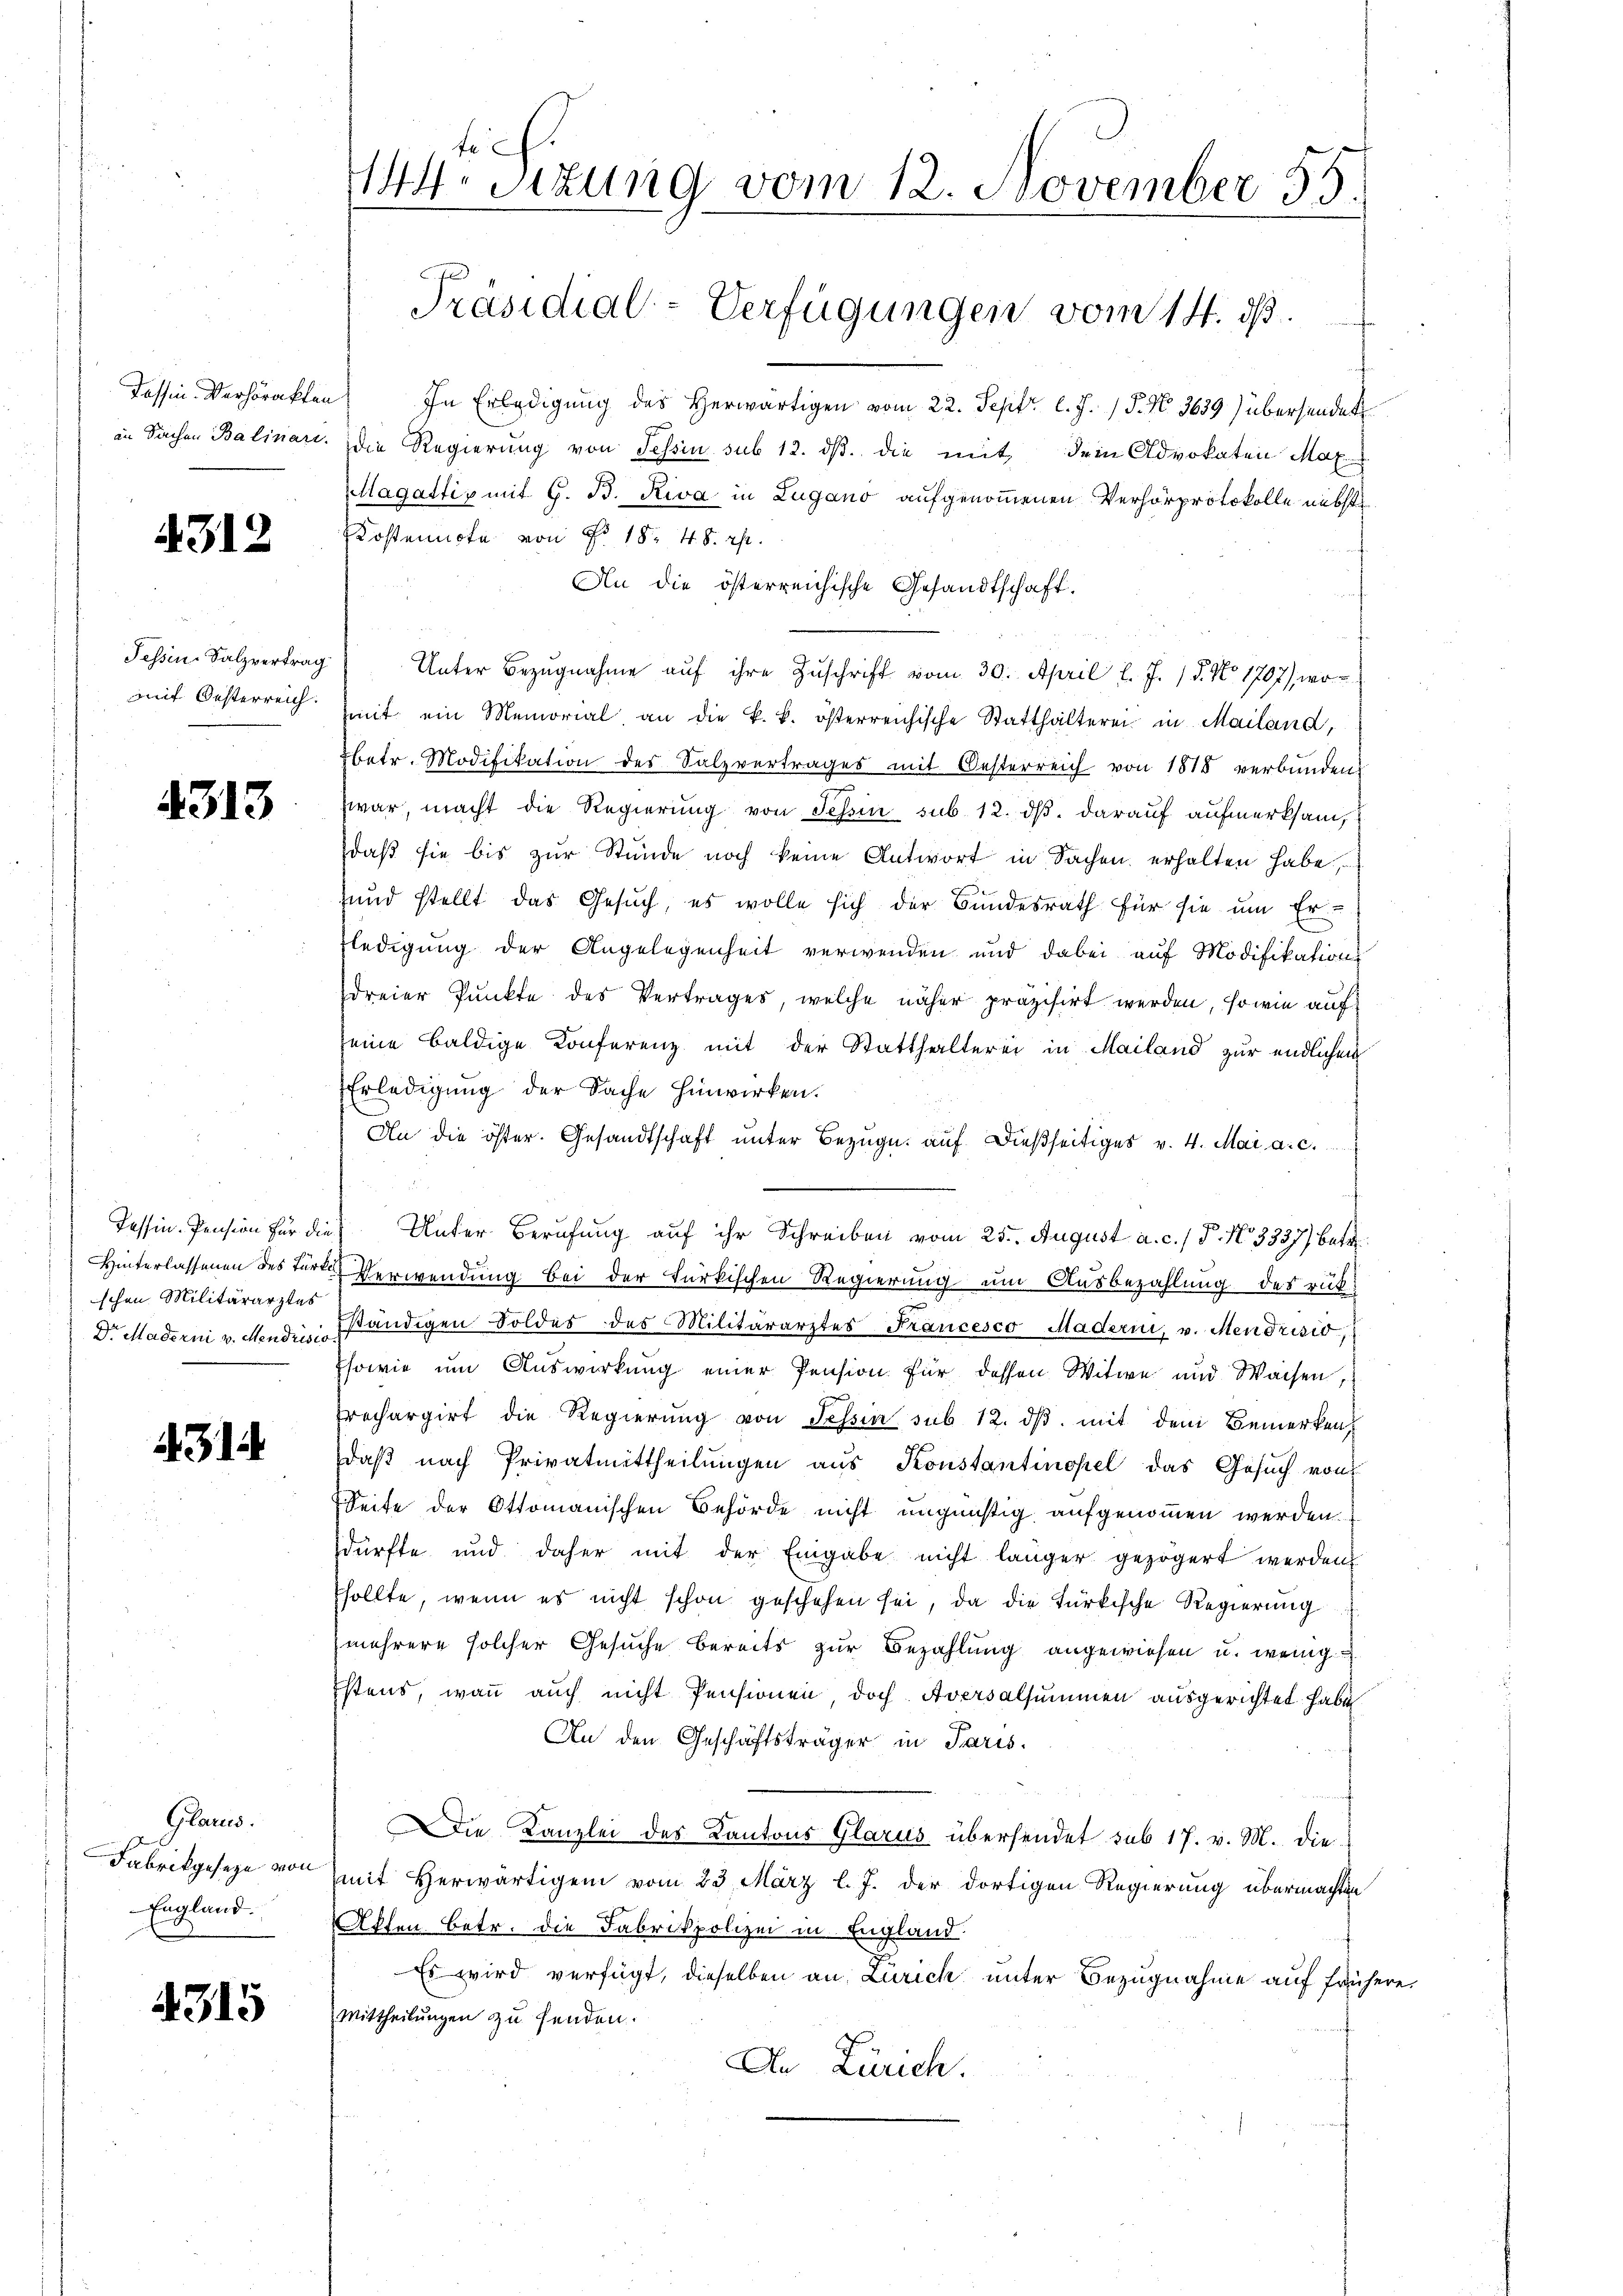
Tessin Verhörakten
in Sachen Balinari

4312

Fessen-Salzvertrag
mit Oesterreich.

4313

Tessin. Pension für die
 Hinterlassenen des Türkschen Militärarztes
Dr Maderni v. Mendrisio

31

Glarus.
Fabrikgeseze von
England.

4315

44 Sizung vom 12. November 55

Präsidial-Verfügungen vom 14. ds.

.
In Erledigung des herwärtigen vom 22. Sept. l. J. P. No. 3639) übersendet
die Regierung von Tessin sub 12. ds. die mit dem Advokaten Max
MMagattig mit G. B. Riva in Lugano aufgenom̅enen Verhörprotokolle nebst
Kostennote von Nr. 18. 48. rt.

An die österreichische Gesandtschaft.
Unter Bezŭgnahme aŭf ihre Zŭschrift vom 30. April l. J. 18. No. 1707), wo
mit ein Memorial an die k. k. österreichische Statthalterei in Mailand,
Ebetr. Modifikation des Salzvertrages mit Oesterreich von 1818 verbunden
zwar macht die Regierung von Schein sub. 12. ds. darauf aufmerksam,
daß sie bis zur Stunde noch keine Antwort in Sachen erhalten habe,
und stellt das Gesuch, es wolle sich der Bundesrath für sie um Er-
fledigung der Angelegenheit verwenden und dabei auf Modifikations
dreier Punkte des Vertrages, welche näher präzisirt werden, sowie auf
seine baldige Konferenz mit der Statthalterei in Mailand zur endlichen
Erledigung der Sache hinwirken.
An die öster. Gesandtschaft unter Bezug auf dießseitiges v. 4. Mai a. c.
Unter Berufung auf ihr Schreiben vom 25. August a. c. / P. Nr. 3337) betr.
Verwendung bei der türkischen Regierung um Ausbezahlung des rük
ständigen Foldes des Militärarztes Francesco Maderni, v. Mendrisio
sowie um Auswirkung einer Pension für dessen Witwe und Waisen
frechargirt die Regierung von Tessin sub 12. dβ mit dem Bemerken,
daß nach Privatmittheilungen aus Konstantinopel das Gesuch von
Seite der Ottomanischen Behörde nicht ungünstig aufgenommen werden.
dürfte und daher mit der Eingabe nicht länger gezögert werden
sollte, wenn es nicht schon geschehen sei, da die türkische Regierung
mehrere solcher Gesuche bereits zur Bezahlung angewiesen u. wenig
stens, wann auch nicht Pensionen doch. Aversalsummen ausgerichtet habe
An den Geschäftsträger in Paris.
Die Kanzlei des Kantons Glarus übersendet sub 17. v. M. die-
mit Herwärtigem vom 23. März l. J. der dortigen Regierung übermachten
Akten Betr. die Fabrikpolizei in England.
Es wird verfügt, dieselben an Zürich unter Bezugnahme auf frühere
Mittheilungen zu senden.
An Zürich.